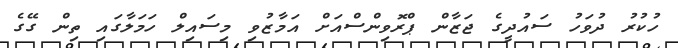
ހުކުރު ދުވަހު ސައުދީގެ ޖަޒާން ޕްރޮވިންސްއަށް އަމާޒުވި މިސައިލް ހަމަލާގައި ތިން ގޭގެ